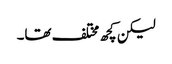
لیکن کچھ مختلف تھا۔